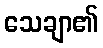
သေချာ၏